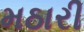
મઠારી